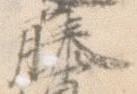
藤